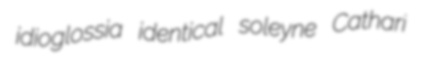
idioglossia identical soleyne Cathari